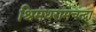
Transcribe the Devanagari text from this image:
श्रिमधरामचन्द्रा